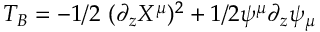
T _ { B } = - 1 / 2 \ ( \partial _ { z } X ^ { \mu } ) ^ { 2 } + 1 / 2 \psi ^ { \mu } \partial _ { z } \psi _ { \mu }